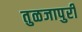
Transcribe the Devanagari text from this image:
तुळजापुरी